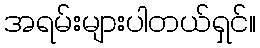
အရမ်းများပါတယ်ရှင်။